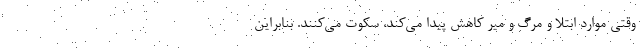
وقتی موارد ابتلا و مرگ و میر کاهش پیدا می‌کند، سکوت می‌کنند. بنابراین